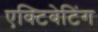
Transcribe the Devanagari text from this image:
एक्टिवेटिंग